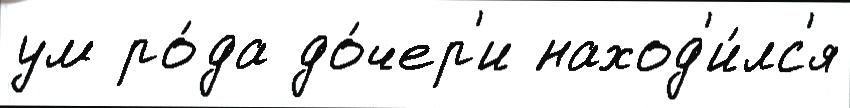
ум ро́да до́чер'и наход'и́лс'я